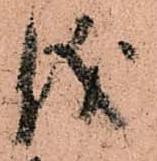
儀